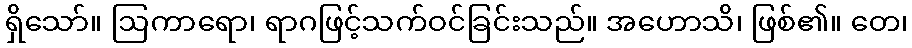
ရှိသော်။ ဩကာရော၊ ရာဂဖြင့်သက်ဝင်ခြင်းသည်။ အဟောသိ၊ ဖြစ်၏။ တေ၊